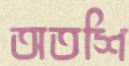
অতশি